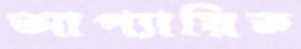
আপ্যায়িত